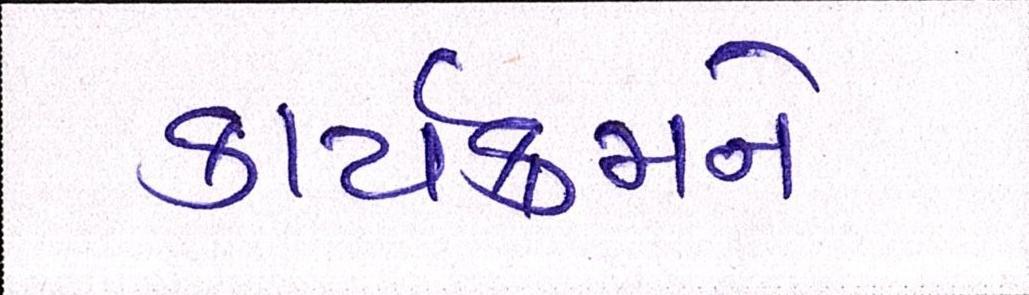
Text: કાર્યક્રમને